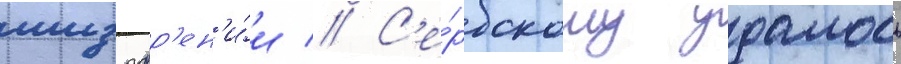
шизофр'ен'и́и // С'е́рбскому удалось